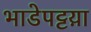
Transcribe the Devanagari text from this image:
भाडेपट्टय़ा